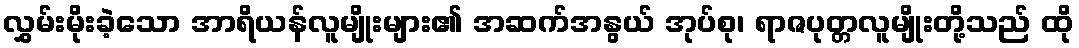
လွှမ်းမိုးခဲ့သော အာရိယန်လူမျိုးများ၏ အဆက်အနွယ် အုပ်စု၊ ရာဇပုတ္တလူမျိုးတို့သည် ထို